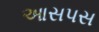
આસપસ